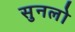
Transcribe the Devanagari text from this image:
सुनलो